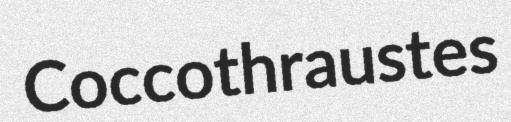
Coccothraustes